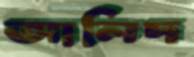
আলিদ